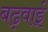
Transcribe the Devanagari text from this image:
बढ़वाई